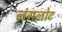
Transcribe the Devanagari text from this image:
लंसलोट